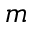
m